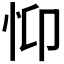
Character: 𢗾